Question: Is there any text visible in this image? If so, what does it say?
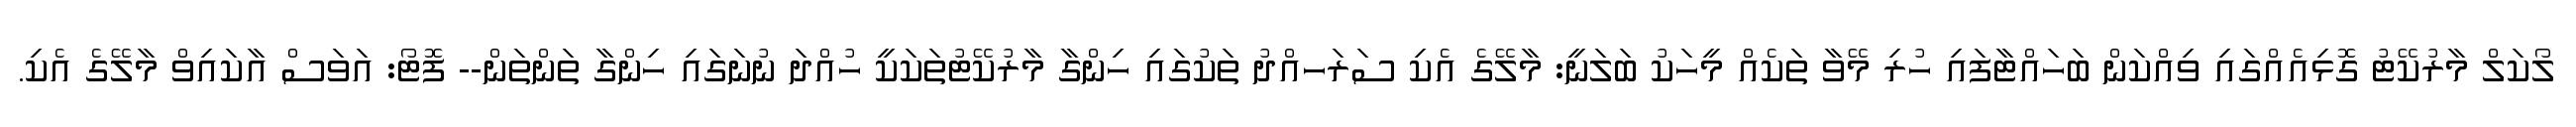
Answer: ލޯކަލް މާރުކޭޓު ގޮޅިއެއްގައި ވިއްކަން ބަހައްޓާފައި ހުރި މޭވާ ތަކެއް މީހަކު ބަލަނީ: މާލޭގެ އެކި ސަރަހއްދު ތަކުގައި ހިންގާ މާރުކޭޓުތަކަކީ ހުއްދަ ނުނަގައި ހިންގާ ތަންތަން-- ފޮޓޯ: އަވަސް އާކައިވް މާލޭގެ އެކި.